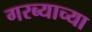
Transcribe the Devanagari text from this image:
गरब्याच्या